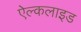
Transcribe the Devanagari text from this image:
ऐल्कलाइड